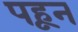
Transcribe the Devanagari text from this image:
पहून